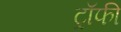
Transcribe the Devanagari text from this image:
ट्राॅफी